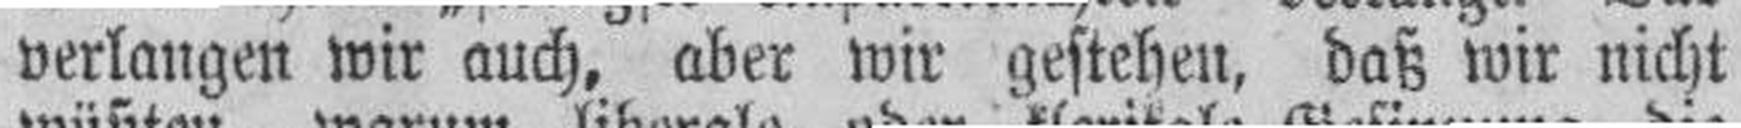
verlangen wir auch, aber wir gestehen, daß wir nicht